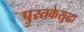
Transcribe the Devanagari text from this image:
पुस्तकेसुद्धा